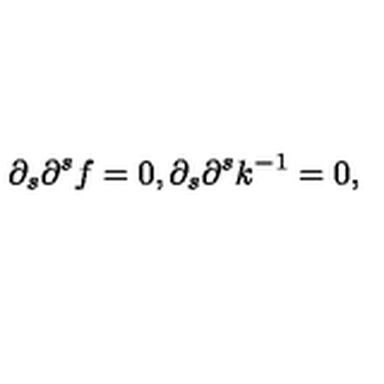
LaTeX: \partial _ { s } \partial ^ { s } f = 0 , \partial _ { s } \partial ^ { s } k ^ { - 1 } = 0 ,